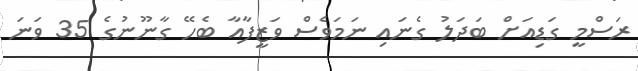
ރަސްމީ ގަޑިއަށް ބަދަލު ގެނައި ނަމަވެސް ވަޒީފާއާ ބެހޭ ގާނޫނުގެ 35 ވަނަ